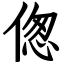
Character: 偬